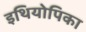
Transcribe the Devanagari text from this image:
इथियोपिका